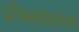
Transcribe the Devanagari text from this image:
अभिनयसामर्थ्य